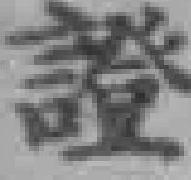
證